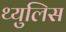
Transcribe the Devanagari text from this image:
थ्युलिस